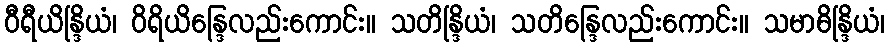
ဝီရီယိန္ဒြိယံ၊ ဝိရိယိန္ဒြေလည်းကောင်း။ သတိန္ဒြိယံ၊ သတိန္ဒြေလည်းကောင်း။ သမာဓိန္ဒြိယံ၊